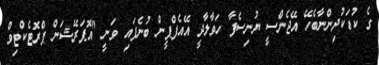
ގެ ކުޑަކުދިންނާބެހޭ އޭޖެންސީ ޔުނިސެފާ ހަވާލާދީ އޭއެފްޕީން ބުނެފައި ވަނީ "އޮޕަރޭޝަން ޕްރޮޓެކްޓިވް